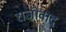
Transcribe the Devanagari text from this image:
राजोवाद